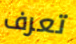
تعرف